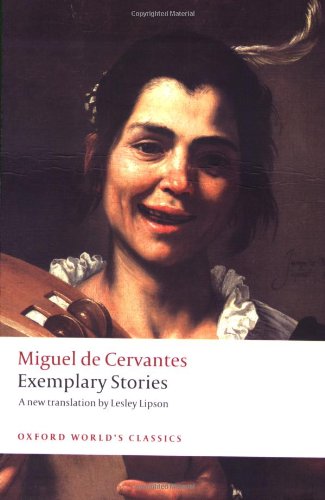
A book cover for Exemplary Stories (Oxford World's Classics); Miguel de Cervantes; Literature & Fiction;